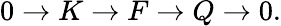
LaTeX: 0\to K\to F\to Q\to 0.